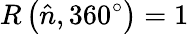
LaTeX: R\left({\hat{n}},360^{\circ}\right)=1